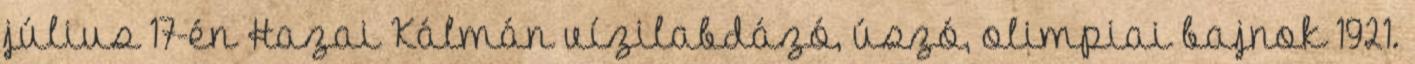
július 17-én Hazai Kálmán vízilabdázó, úszó, olimpiai bajnok 1921.